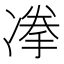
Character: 𱐉